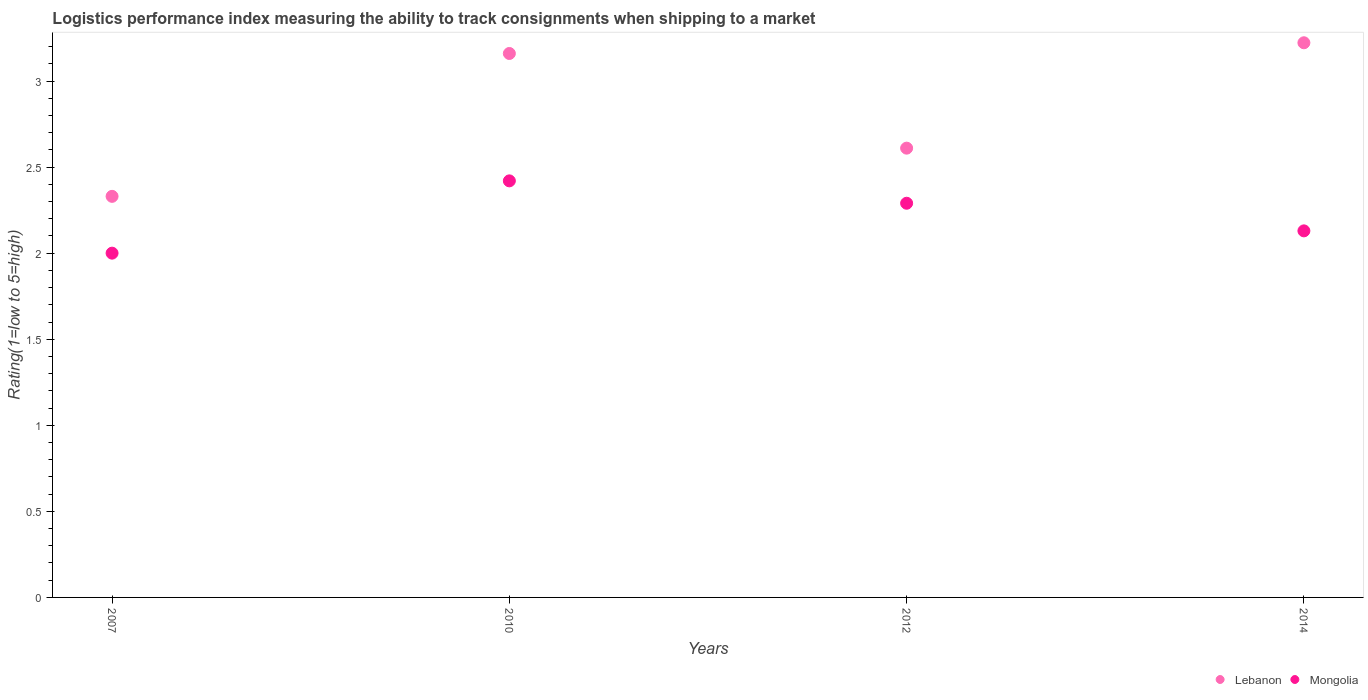
| Years | Lebanon | Mongolia |
 | --- | --- | --- |
 | 2007 | 2.33 | 2 |
 | 2010 | 3.16 | 2.42 |
 | 2012 | 2.61 | 2.29 |
 | 2014 | 3.22 | 2.13 |